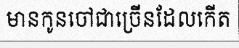
មានកូនចៅជាច្រើនដែលកើត